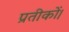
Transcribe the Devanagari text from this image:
प्रतीकों।